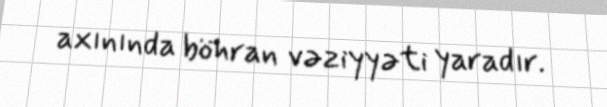
axınında böhran vəziyyəti yaradır.